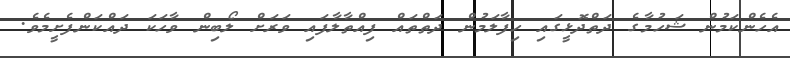
އެހެންކަމުން ޝަހުމާގެ ދަތްދޮޅީގައި ހިފާލަމުން ދަތްތައް ފިއްތާލާފައި ވަރަށް ލޯބިން ވާހަކަ ދައްކަންފެށީމެވެ.